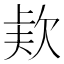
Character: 𣣇